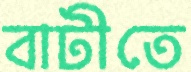
বাটীতে